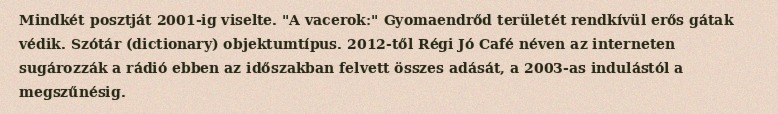
Mindkét posztját 2001-ig viselte. "A vacerok:" Gyomaendrőd területét rendkívül erős gátak védik. Szótár (dictionary) objektumtípus. 2012-től Régi Jó Café néven az interneten sugározzák a rádió ebben az időszakban felvett összes adását, a 2003-as indulástól a megszűnésig.